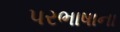
પરભાષાના